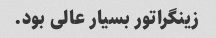
زینگراتور بسیار عالی بود.